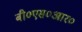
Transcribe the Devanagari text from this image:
बी०एस०आर०